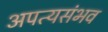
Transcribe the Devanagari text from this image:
अपत्यसंभव